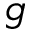
g